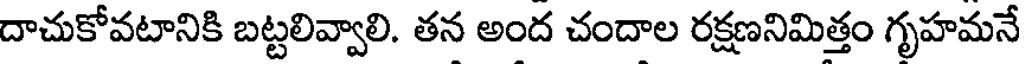
దాచుకోవటానికి బట్టలివ్వాలి. తన అంద చందాల రక్షణనిమిత్తం గృహమనే